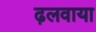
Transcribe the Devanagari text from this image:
ढ़लवाया